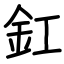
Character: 釭